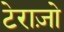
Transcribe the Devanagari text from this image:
टेराज़ो